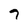
Character: 7